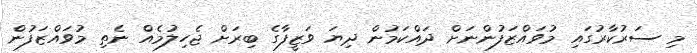
މި ސަރުކާރުގައި މުވައްޒަފުންނަށް ދައްކަމުން ދިޔަ ވަޒީފާގެ ބިރަށް ޖެހިލުމެއް ނެތި މުވައްޒަފުން